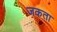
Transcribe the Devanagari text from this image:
जकता